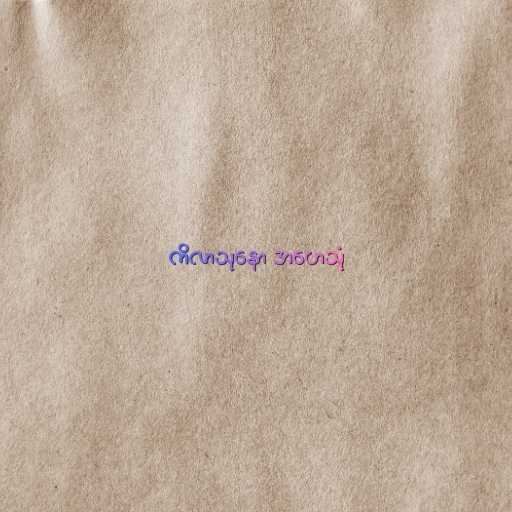
ကိလာသုနော အဟေသုံ